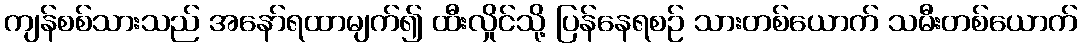
ကျန်စစ်သားသည် အနော်ရထာမျက်၍ ထီးလှိုင်သို့ ပြန်နေရစဉ် သားတစ်ယောက် သမီးတစ်ယောက်